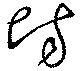
場